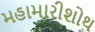
મહામારીશોથ